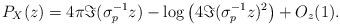
LaTeX: \begin{align*}P_{X}(z) = 4\pi\Im(\sigma_{p}^{-1}z)-\log\big(4\Im(\sigma_{p}^{-1}z)^2\big)+ O_{z}(1). \end{align*}